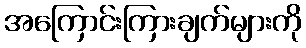
အကြောင်းကြားချက်များကို